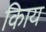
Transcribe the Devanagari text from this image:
किाय